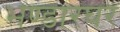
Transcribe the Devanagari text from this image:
भण्डारघर